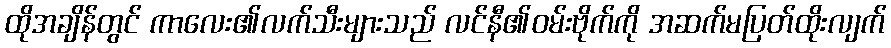
ထိုအချိန်တွင် ကာလေး၏လက်သီးများသည် လင်နီ၏ဝမ်းဗိုက်ကို အဆက်မပြတ်ထိုးလျက်